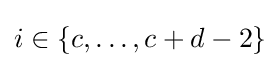
i\in \{c,\dotsc ,c+d-2\}